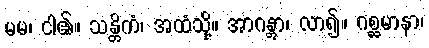
မမ၊ ငါ၏။ သန္တိကံ၊ အထံသို့။ အာဂန္တွာ၊ လာ၍။ ဂစ္ဆမာနာ၊